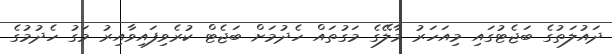
ދައުލަތުގެ ބަޖެޓުގައި މިއަހަރު މާލޭގެ މަގުތައް ހެދުމަށް ބަޖެޓް ކުރެވިފައިވާއިރު މަގު ހެދުމުގެ